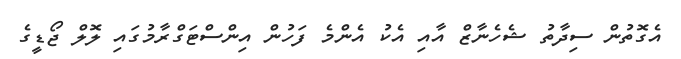
އެގޮތުން ސިދާތު ޝެހެނާޒް އާއި އެކު އެންމެ ފަހުން އިންސްޓަގްރާމުގައި ލޮލް ޖޯޑީގެ